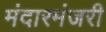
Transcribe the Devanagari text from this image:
मंदारमंजरी